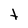
Character: t